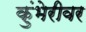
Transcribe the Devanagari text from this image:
कुंभेरीवर